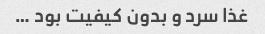
غذا سرد و بدون کیفیت بود …